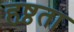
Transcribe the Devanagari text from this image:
हृष्ठता